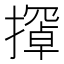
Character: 𫾇